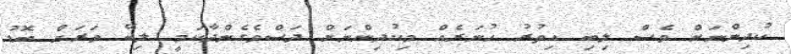
ކުދިންނަށް ވެސް ލިބި އިތުރު ހުނަރެއް މިކުދިންނަށް ދަސްވެގެންދާކަމީ ލިބޭ ވަރަށް ބޮޑު